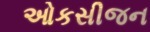
ઓકસીજન